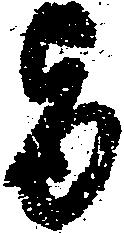
旨